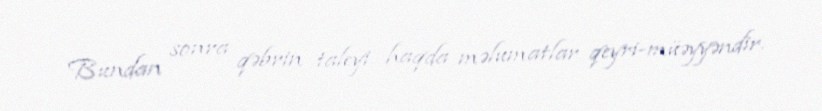
Bundan sonra qəbrin taleyi haqda məlumatlar qeyri-müəyyəndir.